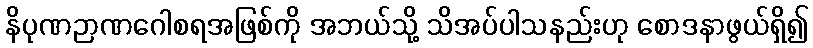
နိပုဏဉာဏဂေါစရအဖြစ်ကို အဘယ်သို့ သိအပ်ပါသနည်းဟု စောဒနာဖွယ်ရှိ၍